Indian journal of veterinary science and animal husbandry - Volume 5,
Year: 1935
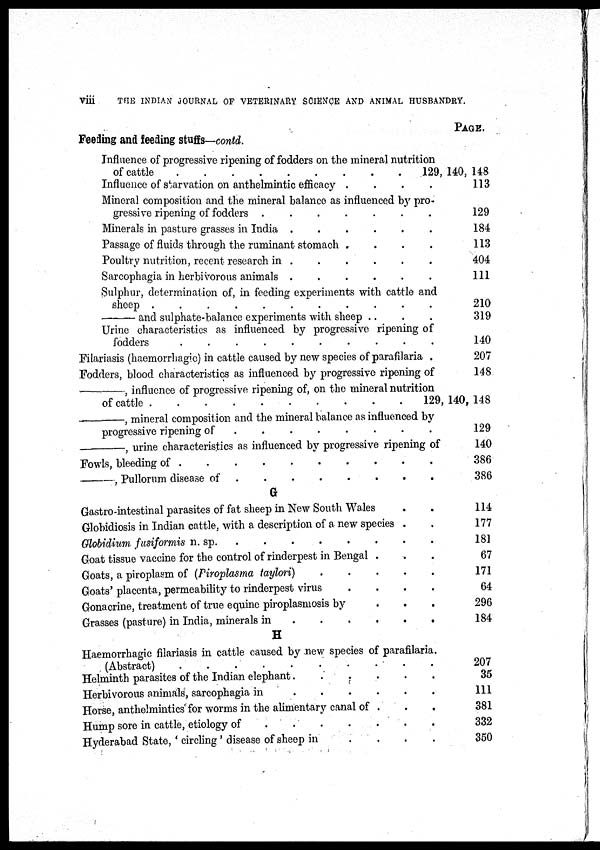
viii
THE INDIAN JOURNAL OF VETERINARY SCIENCE AND ANIMAL HUSBANDRY.
Feeding and feeding stuffs—contd.
Influence of progressive ripening of fodders on the mineral nutrition
of cattle . . . . . . . . .
Influence of starvation on anthelmintic efficacy . . . .
Mineral composition and the mineral balance as influenced by pro-
gressive ripening of fodders . . . . . . . .
Minerals in pasture grasses in India . . . . . . . .
Passage of fluids through the ruminant stomach
.
.
.
.
Poultry nutrition, recent research in . . . . . . . .
Sarcophagia in herbivorous animals . . . . . . . .
Sulphur, determination of, in feeding experiments with cattle and
sheep
.
.
.
.
.
.
.
.
—and
sulphate-balance experiments with sheep . . . .
Urine characteristics as influenced by progressive ripening of
fodders
.
.
.
.
.
.
.
.
Filariasis (haemorrhagic) in cattle caused by new species of parafilaria .
Fodders, blood characteristics as influenced by progressive ripening of
—,
influence of progressive ripening of, on the mineral nutrition
of cattle
.
.
.
.
.
.
.
.
.
.
—,
mineral composition and the mineral balance as influenced by
progressive ripening of
.
.
.
.
.
.
.
.
—,
urine characteristics as influenced by progressive ripening of
Fowls, bleeding of
.
.
.
.
.
.
.
.
—,
Pullorum disease of . . . . . . . . . .
G
Gastro-intestinal parasites of fat sheep in New South Wales . .
Globidiosis in Indian cattle, with a description of a new species . .
Globidium fusiformis n.sp. . . . . . . . .
Goat tissue vaccine for the control of rinderpest in Bengal . . .
Goats, a piroplasm of (Firoplasma taylori)
.
.
.
.
.
Goats' placenta, permeability to rinderpest virus
.
.
.
.
Gonacrine, treatment of true equine piroplasmosis by . . .
Grasses (pasture) in India, minerals in . . . . . . . .
H
Haemorrhagic filariasis in cattle caused by new species of parafilaria.
(Abstract)
.
.
.
.
.
.
.
.
.
.
.
.
Helminth parasites of the Indian elephant . . . . . . . .
Herbivorous animals, sarcophagia in . . . . . . . .
Horse, anthelmintics for worms in the alimentary canal of . . .
Hump sore in cattle, etiology of
.
.
.
.
.
.
.
.
Hyderabad State, ' circling ' disease of sheep in
.
.
.
.
PAGE.
129, 140, 148
113
129
184
113
404
111
210
319
140
207
148
129, 140, 148
129
140
386
386
114
177
181
67
171
64
296
184
207
35
111
381
332
350